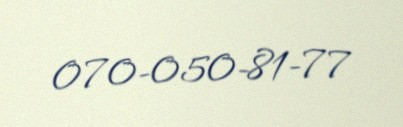
070-050-81-77